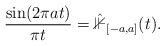
LaTeX: \begin{align*}\frac{\sin(2\pi at)}{\pi t} = \hat{\mathbb{1}}_{[-a,a]}(t).\end{align*}